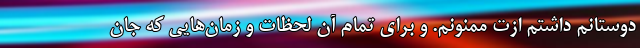
دوستانم داشتم ازت ممنونم. و برای تمام آن لحظات و زمان‌هایی که جان